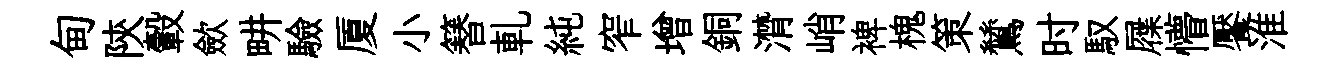
甸陝轂歛畊驗厦小簮軋純窄增銅潸峭裨槐策鷥时馭屧懵饜淮